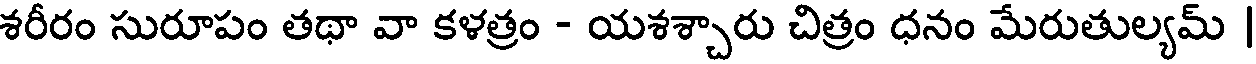
శరీరం సురూపం తథా వా కళత్రం - యశశ్చారు చిత్రం ధనం మేరుతుల్యమ్